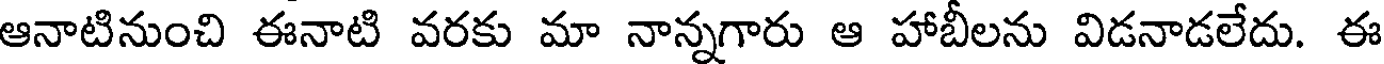
ఆనాటినుంచి ఈనాటి వరకు మా నాన్నగారు ఆ హాబీలను విడనాడలేదు. ఈ